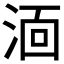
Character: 𭰫